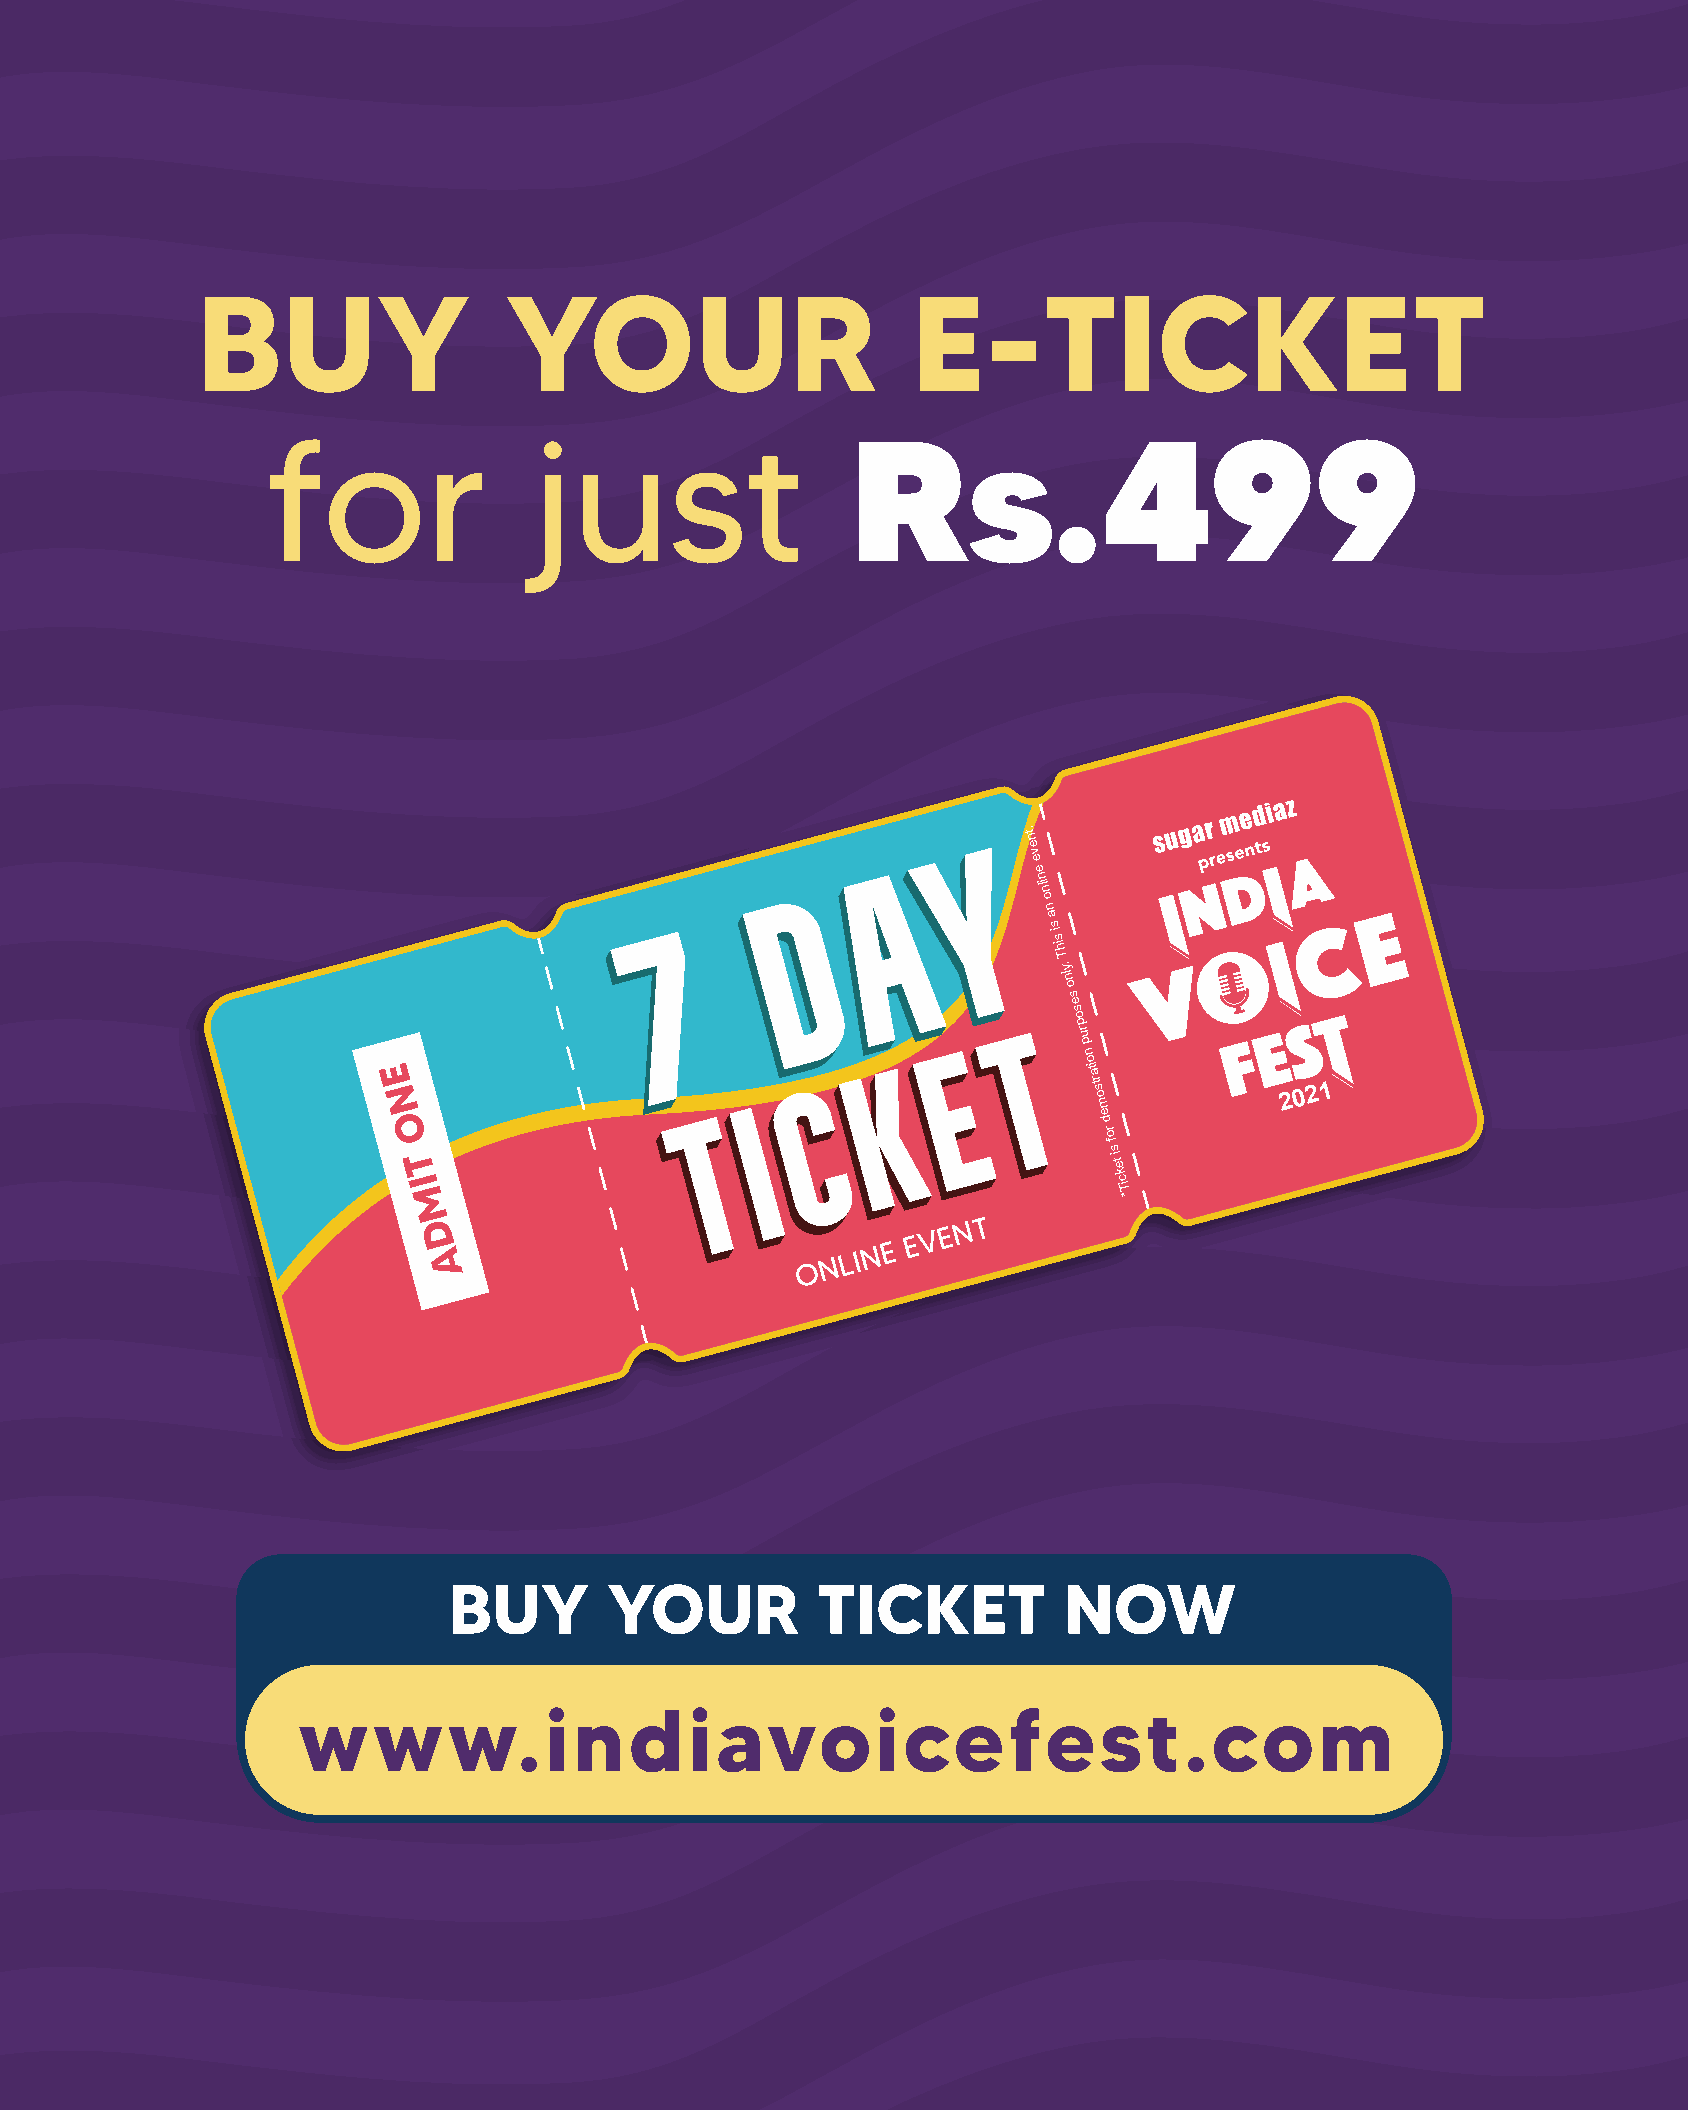
BUY                 YOUR                       E-TICKET
 for               just                 Rs.499
 YYYYYYYYYYYYYYYYYYY
 .tn
 e
 v
 AAAAAAAAAAAAAAAAAAA e
 e
 n
 DDDDDDDDDDDDDDDDDDD iln
 o
 n
 a
 7777777777777777777       si
 sih
 T
 .yln
 o
 s
 e
 s
 o
 TTTTTTTTTTTTTTTTTTT p ru
 EEEEEEEEEEEEEEEEEEE p
 n
 E                                KKKKKKKKKKKKKKKKKKK o ita
 N
 O
 TTTTTTTTTTTTTTTTTTT
 IIIIIIIIIIIIIIIIIII CCCCCCCCCCCCCCCCCCC rts o m
 e
 d
 2 0 2 1
 ro
 f
 si
 T                                               te
 k
 I                                              ciT
 M                                              *
 D A                      O N L I N E E V E N T
 BUY       YOUR          TICKET          NOW
 www.indiavoicefest.com